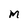
Character: m